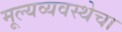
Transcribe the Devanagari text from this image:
मूल्यव्यवस्थेचा